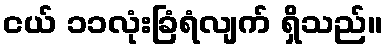
ငယ် ၁၁လုံးခြံရံလျက် ရှိသည်။